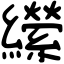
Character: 𦇝